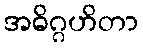
အဓိဂ္ဂဟိတာ